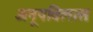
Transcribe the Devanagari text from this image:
अनूपविलासः